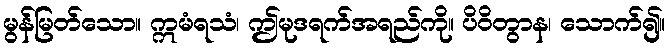
မွန်မြတ်သော။ ဣမံရသံ၊ ဤမုဒရက်အရည်ကို။ ပိဝိတွာန၊ သောက်၍။